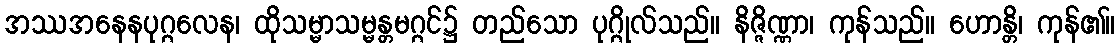
အဿအနေနပုဂ္ဂလေန၊ ထိုသမ္မာသမ္မန္တမဂ္ဂင်၌ တည်သော ပုဂ္ဂိုလ်သည်။ နိဇ္ဇိဏ္ဏာ၊ ကုန်သည်။ ဟောန္တိ၊ ကုန်၏။